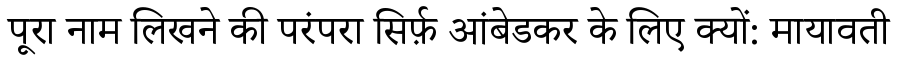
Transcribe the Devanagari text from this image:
पूरा नाम लिखने की परंपरा सिर्फ़ आंबेडकर के लिए क्यों: मायावती